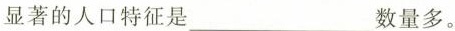
显著的人口特征是___数量多。